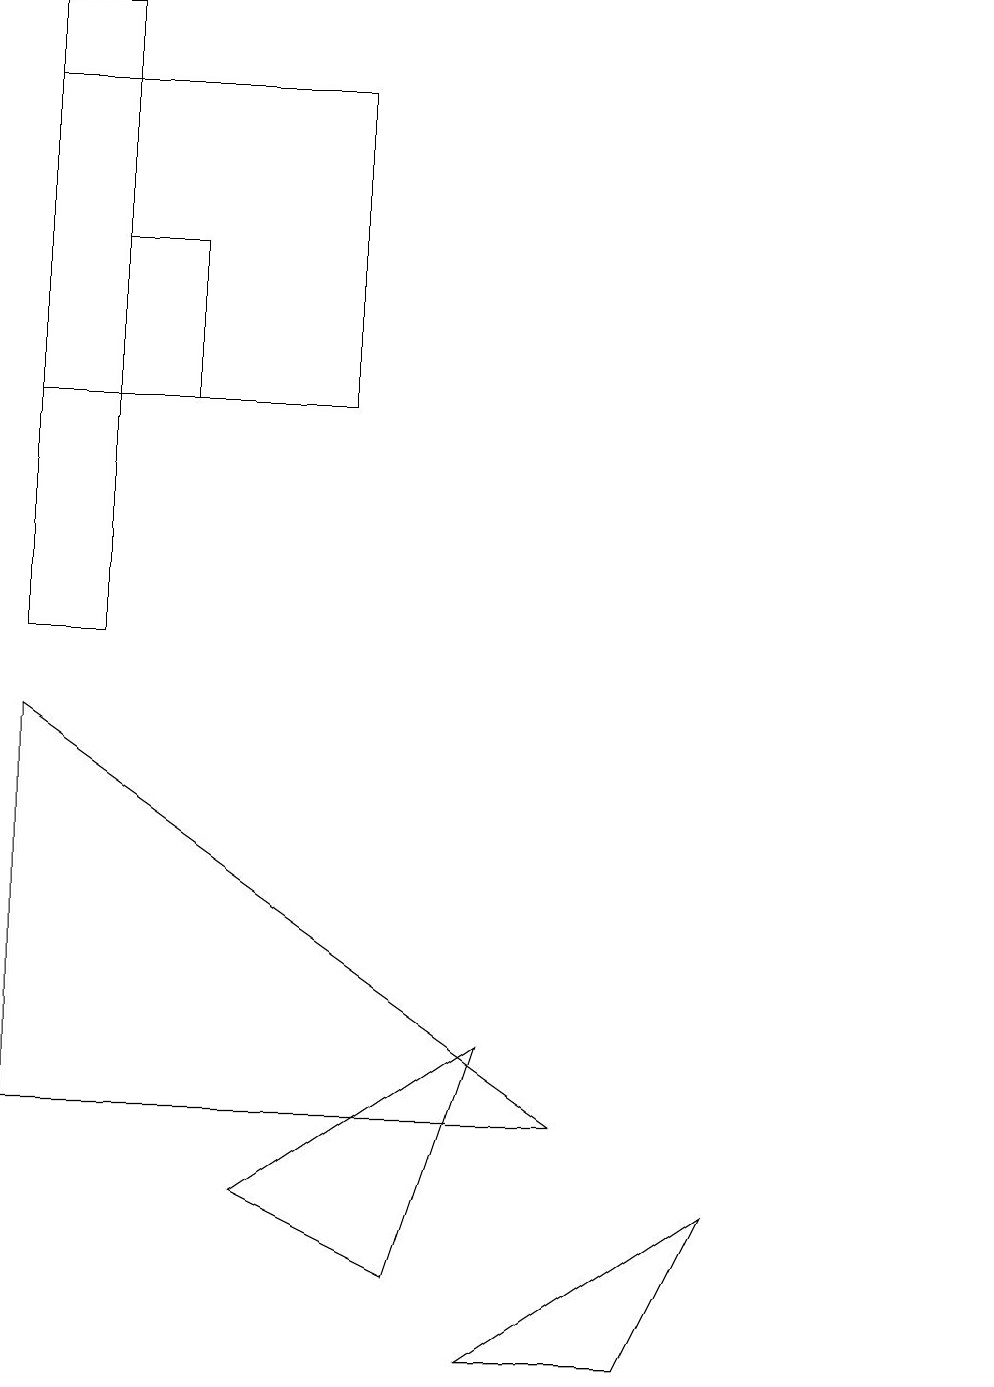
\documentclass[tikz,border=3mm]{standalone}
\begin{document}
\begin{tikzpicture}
\draw (7,4) -- (0,9) -- (0,4) -- cycle;
\draw (1,18) rectangle (0,10);
\draw (10,10) circle (0);
\draw (2,15) rectangle (1,13);
\draw (12,10) circle (0);
\draw (3,3) -- (5,2) -- (6,5) -- cycle;
\draw (4,17) rectangle (0,13);
\draw (9,3) -- (6,1) -- (8,1) -- cycle;
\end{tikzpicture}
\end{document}